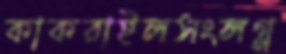
কাকরাইলসংলগ্ন